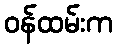
ဝန်ထမ်းက